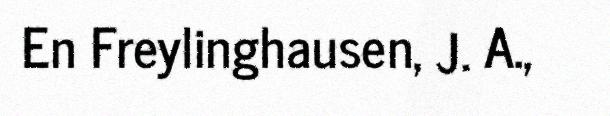
En Freylinghausen, J. A.,